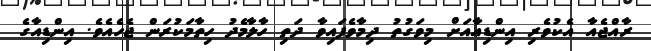
ރާއްޖެއާ އެކުވެރި އިންޑިއާއަށް މިވަގުތު ދިމާވެފައިވާ ދަތި ހާލާމެދު ހިތާމަކުރަން ޖެހެއެވެ. އިންޑިއާގެ